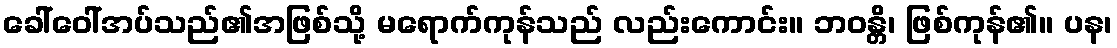
ခေါ်ဝေါ်အပ်သည်၏အဖြစ်သို့ မရောက်ကုန်သည် လည်းကောင်း။ ဘဝန္တိ၊ ဖြစ်ကုန်၏။ ပန၊